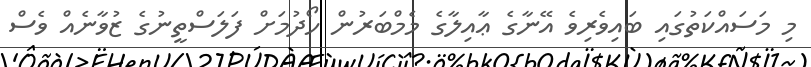
މި މަސައްކަތުގައި ބައިވެރިވެ އޭނާގެ ޢާއިލާގެ މެމްބަރުން ހޯދުމަށް ފަލަސްތީނުގެ ޒުވާނެއް ވެސް